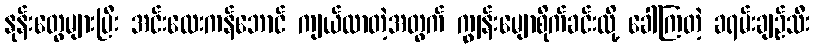
နုန်းတွေများပြီး အင်းလေးကန်ဘောင် ကျယ်လာတဲ့အတွက် ကျွန်းမျောစိုက်ခင်းလို့ ခေါ်ကြတဲ့ ခရမ်းချဉ်သီး